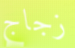
زجاج